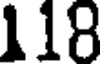
118